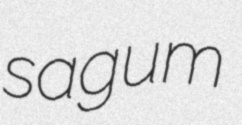
sagum